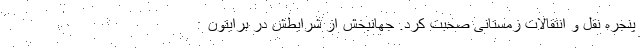
پنجره نقل و انتقالات زمستانی صحبت کرد. جهانبخش از شرایطش در برایتون